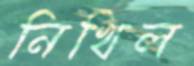
নিখিল